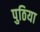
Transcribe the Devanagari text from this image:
पुठिया